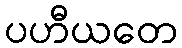
ပဟီယတေ